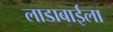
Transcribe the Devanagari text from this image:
लाडाबाईला